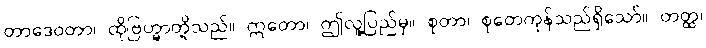
တာဒေဝတာ၊ ထိုဗြဟ္မာတို့သည်။ ဣတော၊ ဤလူ့ပြည်မှ။ စုတာ၊ စုတေကုန်သည်ရှိသော်။ တတ္ထ၊